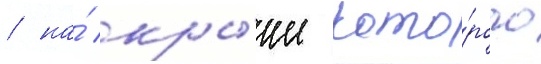
/ на́ кры́ше кото́рого